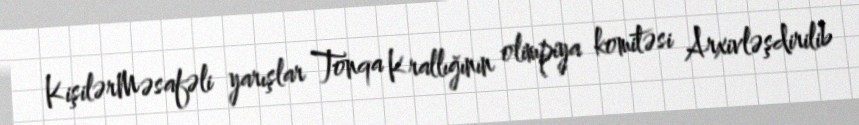
KişilərMəsafəli yarışlar Tonqa Krallığının olimpiya komitəsi Arxivləşdirilib